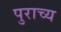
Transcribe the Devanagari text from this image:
पुराच्य